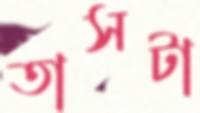
তাসটা